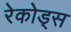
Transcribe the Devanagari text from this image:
रेकोड्स